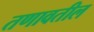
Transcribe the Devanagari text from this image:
तणावतील